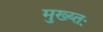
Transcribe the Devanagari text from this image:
मुख्य्तः